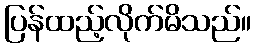
ပြန်ထည့်လိုက်မိသည်။